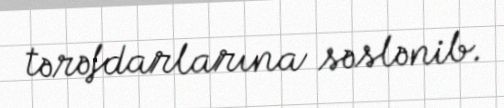
tərəfdarlarına səslənib.